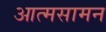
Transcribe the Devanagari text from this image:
आत्मसामन